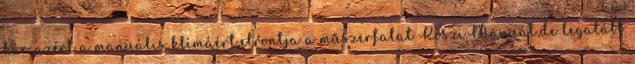
kár azért a manuális klímáért,elrontja a műszerfalat Köszi.Manuál,de legalább